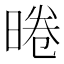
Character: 𭦣